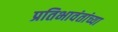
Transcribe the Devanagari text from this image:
प्रतिभावंतांच्या